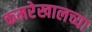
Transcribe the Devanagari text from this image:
कमरेखालच्या